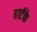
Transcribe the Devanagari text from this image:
हार्टके